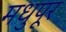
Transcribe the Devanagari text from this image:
मधुपूर